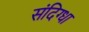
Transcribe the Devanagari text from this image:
संदिग्धा